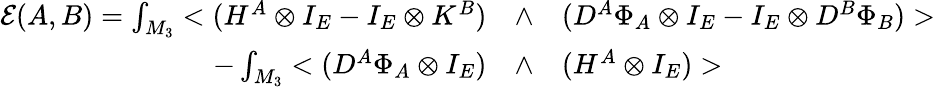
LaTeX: \begin{array}{rll}{{{\cal E}(A,B)=\int_{M_{3}}<(H^{A}\otimes I_{E}-I_{E}\otimes K^{B})}}&{{\wedge}}&{{(D^{A}\Phi_{A}\otimes I_{E}-I_{E}\otimes D^{B}\Phi_{B})>}}\\ {{-\int_{M_{3}}<(D^{A}\Phi_{A}\otimes I_{E})}}&{{\wedge}}&{{(H^{A}\otimes I_{E})>}}\end{array}